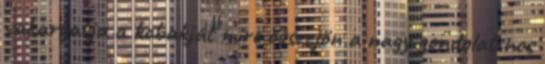
vakargatja a kobakját mire összejön a nagy gondolat nos